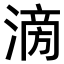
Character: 𣹿